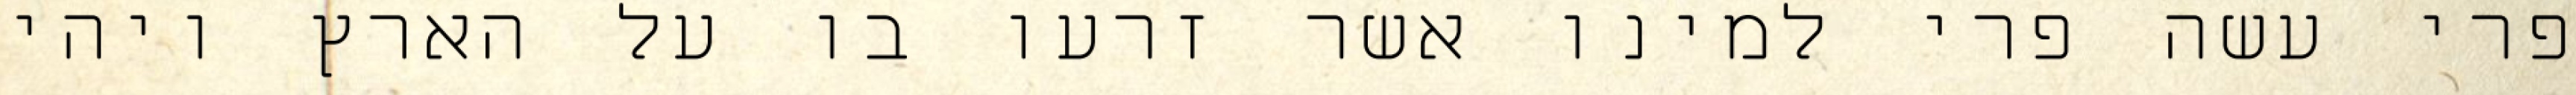
פרי עשה פרי למינו אשר זרעו בו על הארץ ויהי